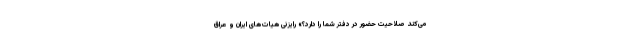
می‌کند صلاحیت حضور در دفتر شما را دارد؟» رایزنی هیات‌های ایران و عراق